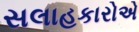
સલાહકારોએ